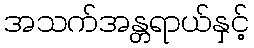
အသက်အန္တရာယ်နှင့်